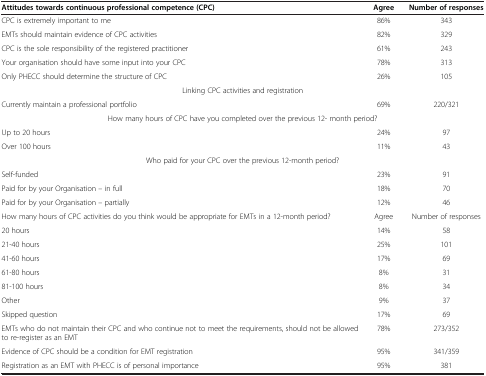
| Attitudes towards continuous professional competence (CPC) | Agree | Number of responses |
 | --- | --- | --- |
 | CPC is extremely important to me | 86% | 343 |
 | EMTs should maintain evidence of CPC activities | 82% | 329 |
 | CPC is the sole responsibility of the registered practitioner | 61% | 243 |
 | Your organisation should have some input into your CPC | 78% | 313 |
 | Only PHECC should determine the structure of CPC | 26% | 105 |
 | <COLSPAN=3> Linking CPC activities and registration |
 | Currently maintain a professional portfolio | 69% | 220/321 |
 | <COLSPAN=3> How many hours of CPC have you completed over the previous 12- month period? |
 | Up to 20 hours | 24% | 97 |
 | Over 100 hours | 11% | 43 |
 | <COLSPAN=3> Who paid for your CPC over the previous 12-month period? |
 | Self-funded | 23% | 91 |
 | Paid for by your Organisation – in full | 18% | 70 |
 | Paid for by your Organisation – partially | 12% | 46 |
 | How many hours of CPC activities do you think would be appropriate for EMTs in a 12-month period? | Agree | Number of responses |
 | 20 hours | 14% | 58 |
 | 21-40 hours | 25% | 101 |
 | 41-60 hours | 17% | 69 |
 | 61-80 hours | 8% | 31 |
 | 81-100 hours | 8% | 34 |
 | Other | 9% | 37 |
 | Skipped question | 17% | 69 |
 | EMTs who do not maintain their CPC and who continue not to meet the requirements, should not be allowed to re-register as an EMT | 78% | 273/352 |
 | Evidence of CPC should be a condition for EMT registration | 95% | 341/359 |
 | Registration as an EMT with PHECC is of personal importance | 95% | 381 |